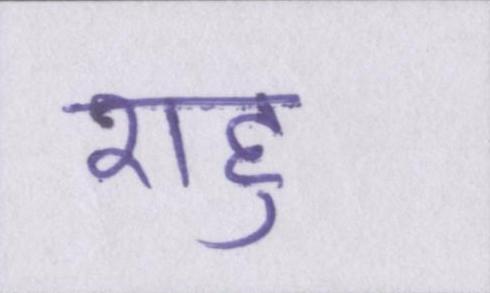
राहु